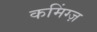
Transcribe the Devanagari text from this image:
कमिंग्ज़